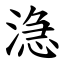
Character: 㴔